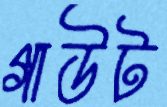
গাউট